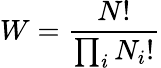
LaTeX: W={\frac{N!}{\prod_{i}N_{i}!}}